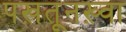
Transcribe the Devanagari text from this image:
पख़तूनख़्वा